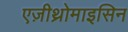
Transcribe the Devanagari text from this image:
एज़ीथ्रोमाइसिन